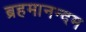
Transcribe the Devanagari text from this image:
ब्रहमानन्दम